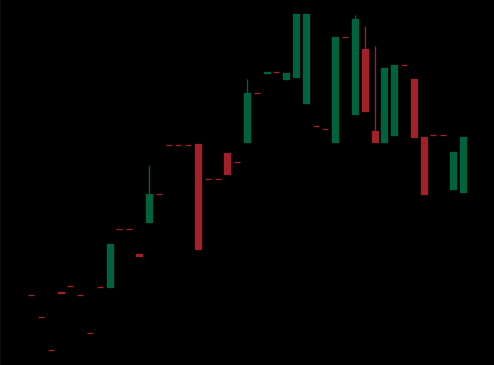
Pattern: bear_flag